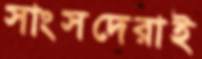
সাংসদেরাই